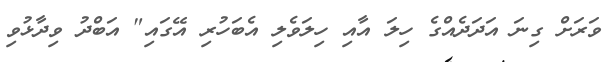
ވަރަށް ގިނަ އަދަދެއްގެ ހިލަ އާއި ހިލަވެލި އެބަހުރި އޭގައި" އަބްދު ވިދާޅުވި